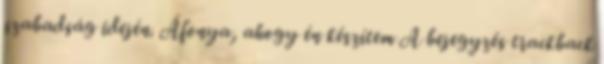
szabadság idején. Áfonya, ahogy én készítem A bejegyzés trackback